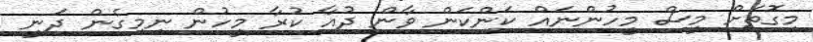
މިގޮތަށް މީސް މީހުންނައް ކަންކަން ވާން ދުއާ ކުރާ މީހުން ނިމިގެން ދަނީ